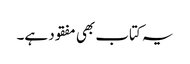
یہ کتاب بھی مفقود ہے۔